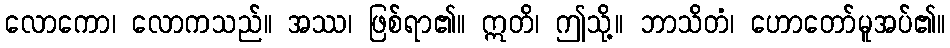
လောကော၊ လောကသည်။ အဿ၊ ဖြစ်ရာ၏။ ဣတိ၊ ဤသို့။ ဘာသိတံ၊ ဟောတော်မူအပ်၏။